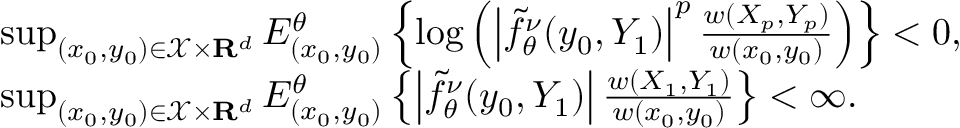
\begin{array} { r l } & { \operatorname* { s u p } _ { ( x _ { 0 } , y _ { 0 } ) \in \mathcal { X } \times { \bf R } ^ { d } } E _ { ( x _ { 0 } , y _ { 0 } ) } ^ { \theta } \left\{ \log \left( \left\vert \tilde { f } _ { \theta } ^ { \nu } ( y _ { 0 } , Y _ { 1 } ) \right\vert ^ { p } \frac { w ( X _ { p } , Y _ { p } ) } { w ( x _ { 0 } , y _ { 0 } ) } \right) \right\} < 0 , } \\ & { \operatorname* { s u p } _ { ( x _ { 0 } , y _ { 0 } ) \in \mathcal { X } \times { \bf R } ^ { d } } E _ { ( x _ { 0 } , y _ { 0 } ) } ^ { \theta } \left\{ \left\vert \tilde { f } _ { \theta } ^ { \nu } ( y _ { 0 } , Y _ { 1 } ) \right\vert \frac { w ( X _ { 1 } , Y _ { 1 } ) } { w ( x _ { 0 } , y _ { 0 } ) } \right\} < \infty . } \end{array}